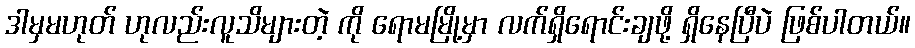
ဒါမှမဟုတ် ဟုလည်းလူသိများတဲ့ ကို ရောမမြို့မှာ လက်ရှိရောင်းချဖို့ ရှိနေပြီပဲ ဖြစ်ပါတယ်။